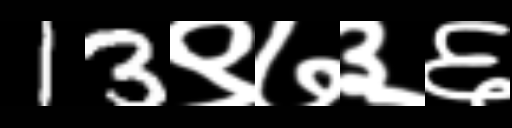
Text: 13९७३६